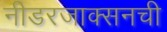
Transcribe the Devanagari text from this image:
नीडरजाक्सनची